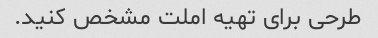
طرحی برای تهیه املت مشخص کنید.